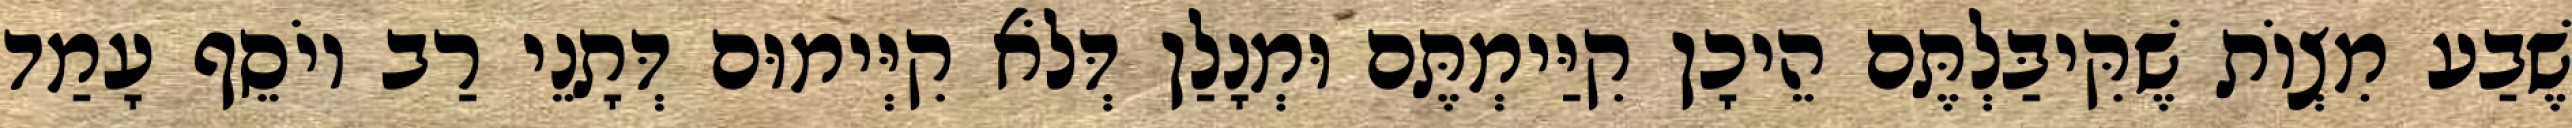
שֶׁבַע מִצְוֹת שֶׁקִּיבַּלְתֶּם הֵיכָן קִיַּימְתֶּם וּמְנָלַן דְּלֹא קִיְּימוּם דְּתָנֵי רַב יוֹסֵף עָמַד